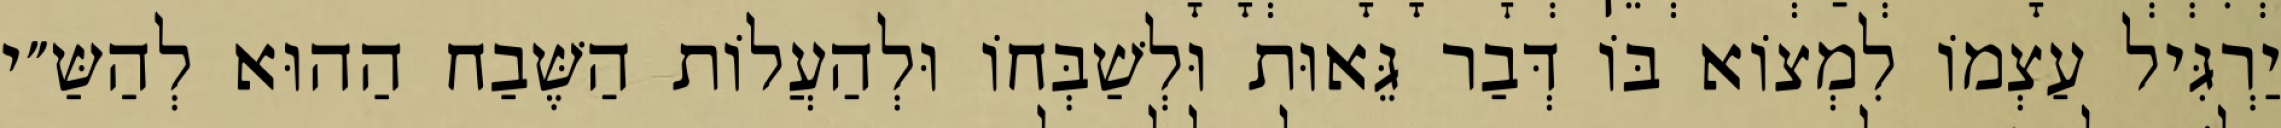
יַרְגִּיל עַצְמוֹ לִמְצוֹא בּוֹ דְּבַר גֵּאוּת וּלְשַׁבְּחוֹ וּלְהַעֲלוֹת הַשֶּׁבַח הַהוּא לְהַשַּ״י